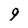
Character: 9